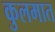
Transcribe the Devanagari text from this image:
कुलमात